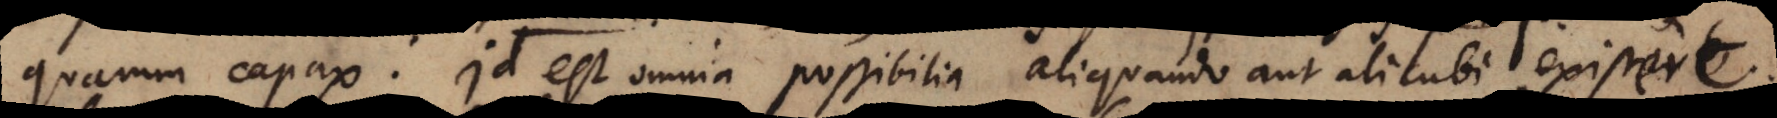
quarum capax: Id est omnia possibilia aliquando aut alicubi exister